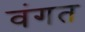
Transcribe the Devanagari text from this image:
वंगत